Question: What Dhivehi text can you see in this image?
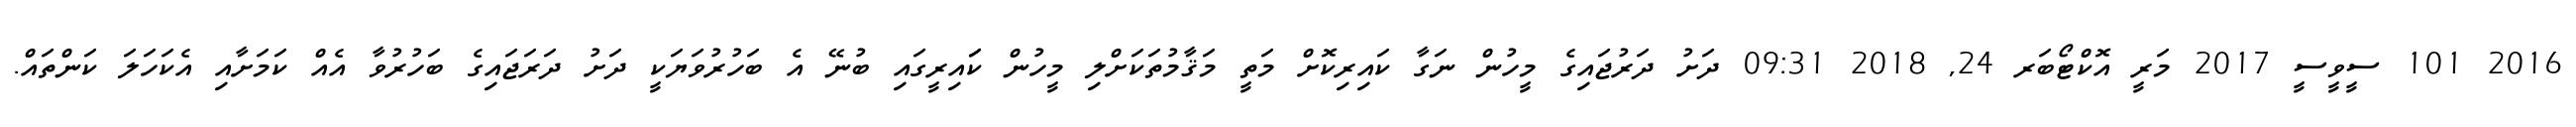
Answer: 2016 101 ސީވީސީ 2017 މަރީ އޮކްޓޯބަރ 24, 2018 09:31 ދަށު ދަރުޖައިގެ މީހުން ނަގާ ކައިރިކޮށް މަތީ މަޤާމުތަކަށްލި މީހުން ކަައިރީގައި ބުނޭ އެ ބަހުރުވަޔަކީ ދަށު ދަރަޖައިގެ ބަހުރުވާ އެއް ކަމަށާއި އެކަހަލަ ކަންތައް.